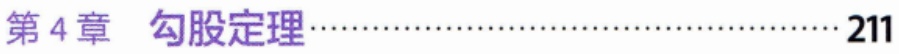
第4章 勾股定理\cdots\cdots\cdots\cdots\cdots\cdots\cdots\cdots\cdots\cdots\cdots\cdots 211